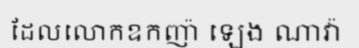
ដែលលោកឧកញ៉ា ឡេង ណាវ៉ា